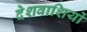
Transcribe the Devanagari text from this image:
देशवाशियों